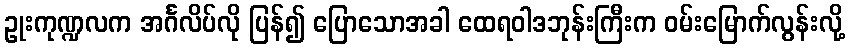
ဥုးကုဏ္ဍလက အင်္ဂလိပ်လို ပြန်၍ ပြောသောအခါ ထေရဝါဒဘုန်းကြီးက ဝမ်းမြောက်လွန်းလို့